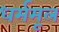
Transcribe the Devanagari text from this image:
धर्ममूल